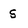
Character: s